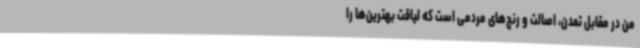
من در مقابل تمدن، اصالت و رنج‌های مردمی است که لیاقت بهترین‌ها را